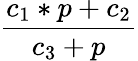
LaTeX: \frac{c_{1}*p+c_{2}}{c_{3}+p}